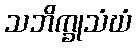
သဘိက္ခုသံဃံ